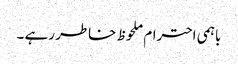
باہمی احترام ملحوظ خاطر رہے ۔